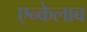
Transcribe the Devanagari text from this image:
एन्केलाब